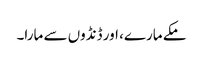
مکے مارے، اور ڈنڈوں سے مارا۔